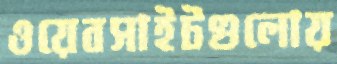
ওয়েবসাইটগুলোয়